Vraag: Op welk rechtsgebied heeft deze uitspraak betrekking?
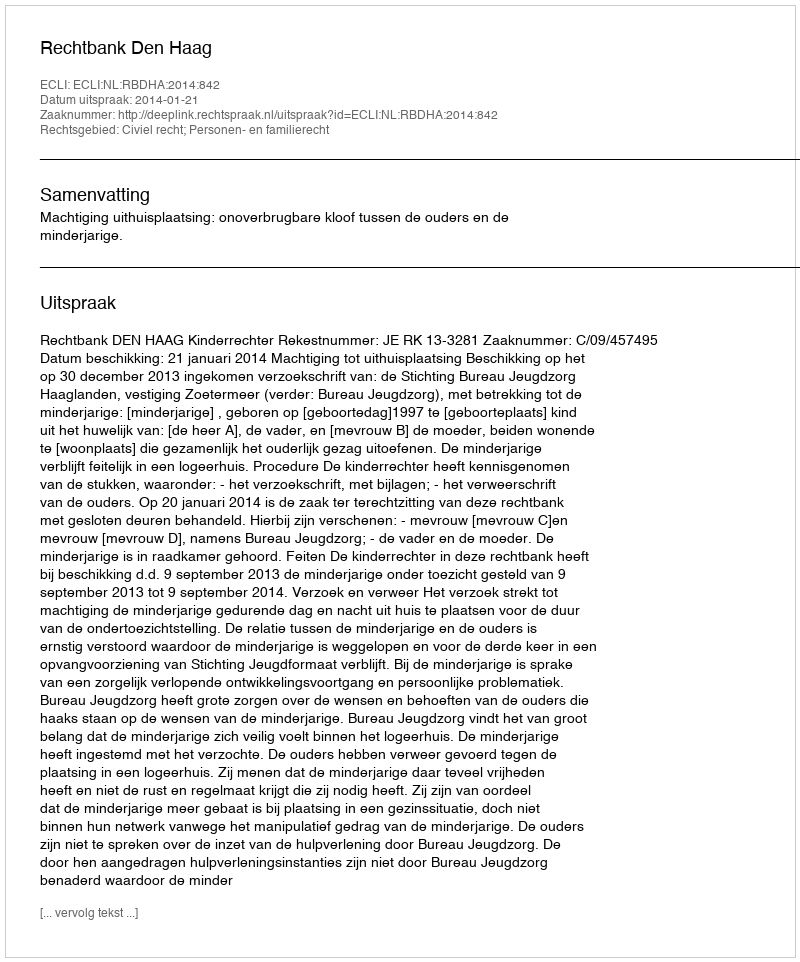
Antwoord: Civiel recht; Personen- en familierecht